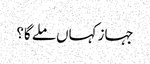
جہاز کہاں ملے گا؟